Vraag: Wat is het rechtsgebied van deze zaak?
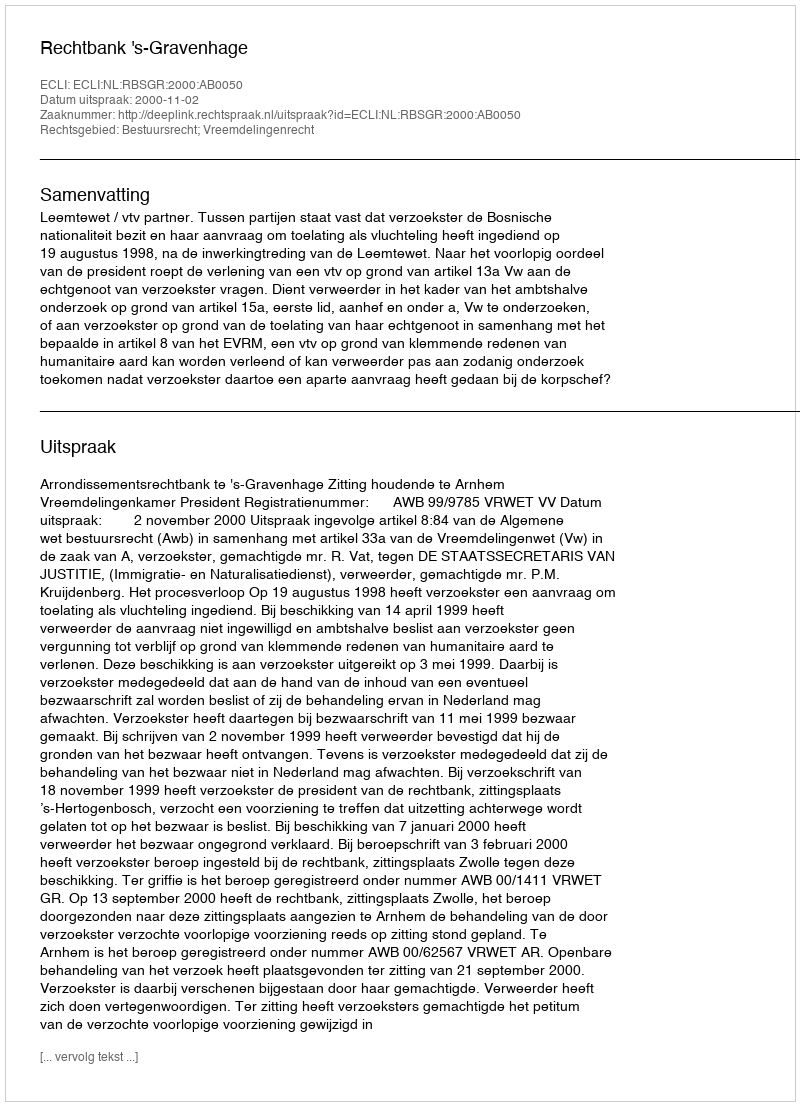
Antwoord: Bestuursrecht; Vreemdelingenrecht